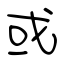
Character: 或